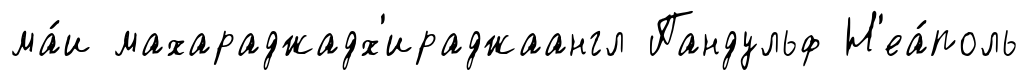
ма́и махараджадх'ираджаангл Пандульф Н'еа́поль